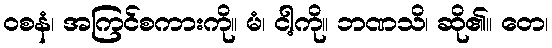
ဝစနံ၊ အကြင်စကားကို။ မံ၊ ငါ့ကို။ ဘဏသိ၊ ဆို၏။ တေ၊